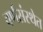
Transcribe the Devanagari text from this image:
वर्णसंस्थेत